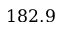
1 8 2 . 9